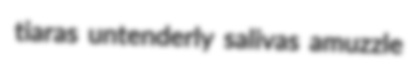
tiaras untenderly salivas amuzzle